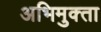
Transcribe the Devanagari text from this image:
अभिमुक्‍ता